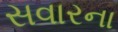
સવારના